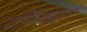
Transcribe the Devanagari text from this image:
टर्मिनलद्वारे